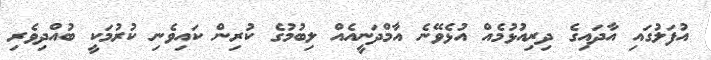
އުފަލުގައި އާދައިގެ ދިރިއުޅުމެއް އުޅެވޭނެ އާމްދަނީއެއް ލިބުމުގެ ކުރިން ކައިވެނި ކުރުމަކީ ބުއްދިވެރި